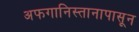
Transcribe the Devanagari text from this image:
अफगानिस्तानापासून